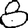
Digit: 8